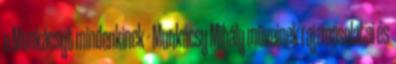
a Munkácsyt mindenkinek - Munkácsy Mihály műveinek rajzmásolatai és